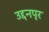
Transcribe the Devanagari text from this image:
उद्दनपृर